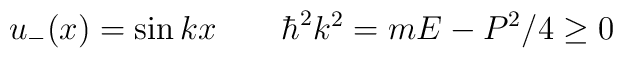
u_-(x) = \sin k x\qquad \hbar^2 k^2=mE - P^2/4 \ge 0